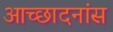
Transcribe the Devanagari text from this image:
आच्छादनांस